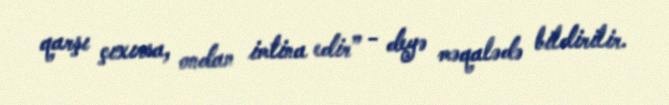
qarşı çıxırsa, ondan imtina edir” - deyə məqalədə bildirilir.